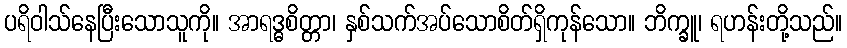
ပရိဝါသ်နေပြီးသောသူကို။ အာရဒ္ဓစိတ္တာ၊ နှစ်သက်အပ်သောစိတ်ရှိကုန်သော။ ဘိက္ခူ၊ ရဟန်းတို့သည်။